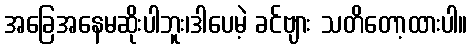
အခြေအနေမဆိုးပါဘူး၊ဒါပေမဲ့ ခင်ဗျား သတိတော့ထားပါ။